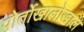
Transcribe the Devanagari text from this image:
पोर्तोखालोखाल